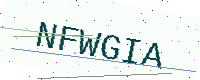
Text: NFWGIA